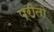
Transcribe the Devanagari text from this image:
प्रीतो